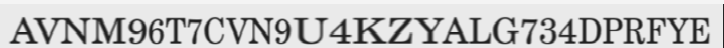
AVNM96T7CVN9U4KZYALG734DPRFYE